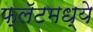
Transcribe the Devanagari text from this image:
फ्लॅटमध्ये